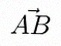
\vec{AB}